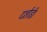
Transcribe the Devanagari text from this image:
दर्शाई।